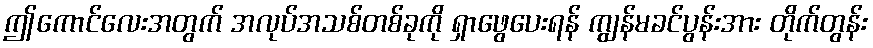
ဤကောင်လေးအတွက် အလုပ်အသစ်တစ်ခုကို ရှာဖွေပေးရန် ကျွန်မခင်ပွန်းအား တိုက်တွန်း